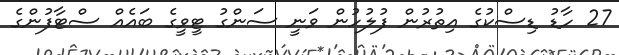
27 ހާޑު ޑިސްކުގެ އިތުރުން ފުލުހުން ވަނީ ސަންގު ޓީވީގެ ބައެއް ސްޓާފުންގެ